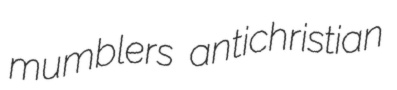
mumblers antichristian